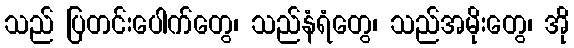
သည် ပြတင်းပေါက်တွေ၊ သည်နံရံတွေ၊ သည်အမိုးတွေ၊ အို